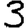
Digit: 3